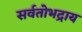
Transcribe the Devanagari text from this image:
सर्वतोभद्राय